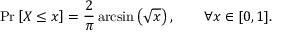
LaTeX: \operatorname* { P r } \left[ X \leq x \right] = { \frac { 2 } { \pi } } \arcsin \left( { \sqrt { x } } \right) , \qquad \forall x \in [ 0 , 1 ] .